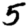
Digit: 5